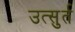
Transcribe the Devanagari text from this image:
उत्सुर्त